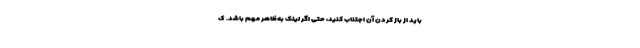
باید از باز کردن آن اجتناب کنید، حتی اگر لینک به‌ظاهر مهم باشد. ک